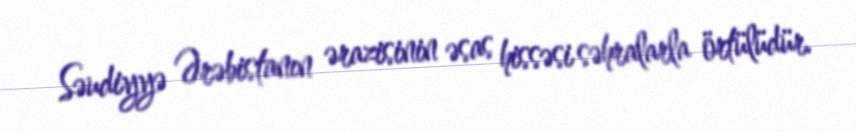
Səudiyyə Ərəbistanın ərazisinin əsas hissəsi səhralarla örtülüdür.